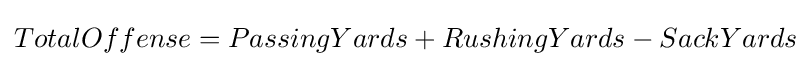
TotalOffense=PassingYards+RushingYards-SackYards